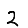
Digit: 2